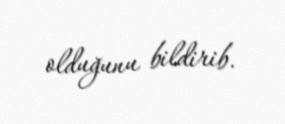
olduğunu bildirib.